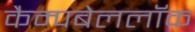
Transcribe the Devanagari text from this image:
कैम्पबेललॉक